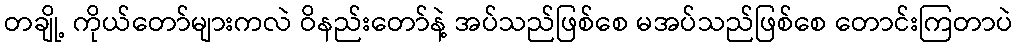
တချို့ ကိုယ်တော်များကလဲ ဝိနည်းတော်နဲ့ အပ်သည်ဖြစ်စေ မအပ်သည်ဖြစ်စေ တောင်းကြတာပဲ